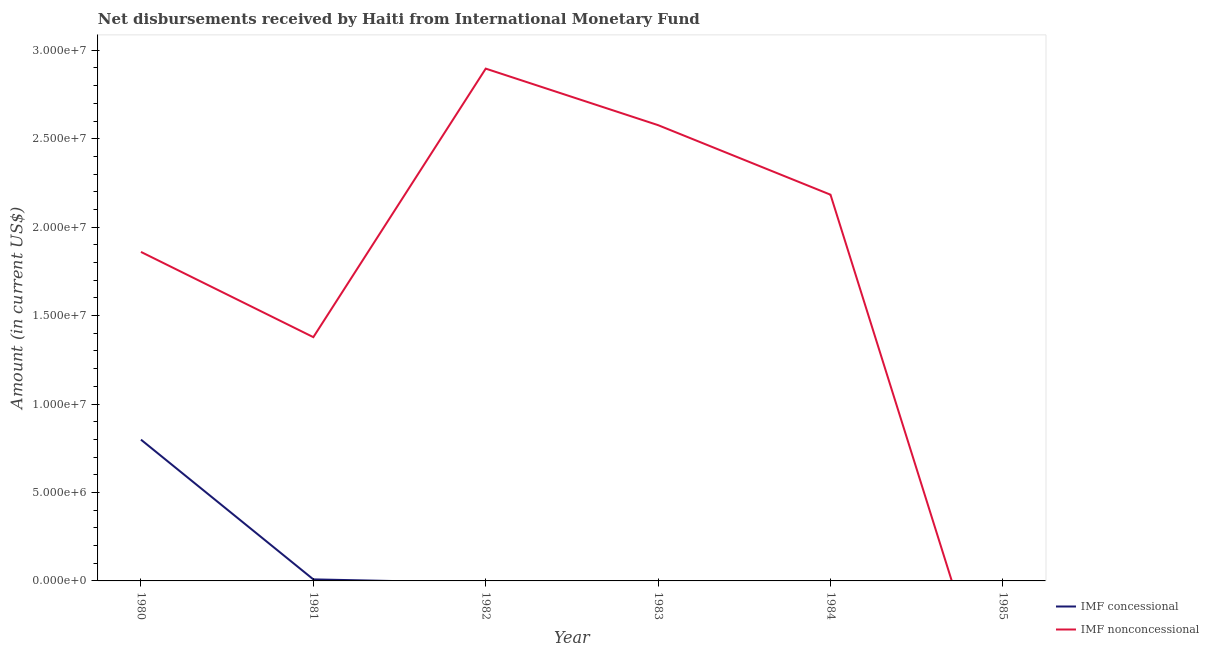
| Year | IMF concessional | IMF nonconcessional |
 | --- | --- | --- |
 | 1980 | 7.99e+06 | 1.86e+07 |
 | 1981 | 8.7e+04 | 1.38e+07 |
 | 1982 | -1.14e+05 | 2.9e+07 |
 | 1983 | -5.73e+05 | 2.58e+07 |
 | 1984 | -1.64e+06 | 2.18e+07 |
 | 1985 | -2.99e+06 | -9.2e+06 |